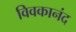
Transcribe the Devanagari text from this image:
विवकानंद